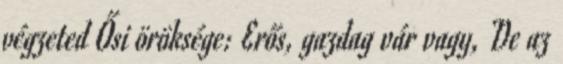
végzeted Ősi öröksége: Erős, gazdag vár vagy, De az